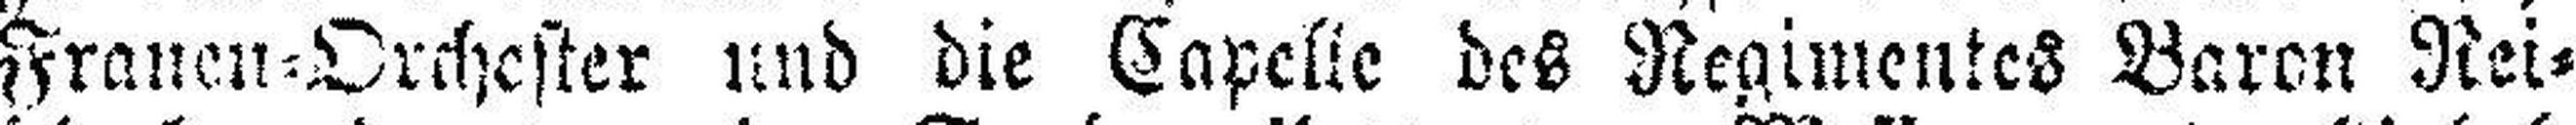
Frauen=Orchester und die Capelle des Regimentes Baron Rei¬